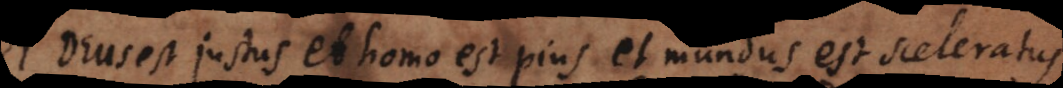
Deus est justus et homo est pius et mundus est sceleratus